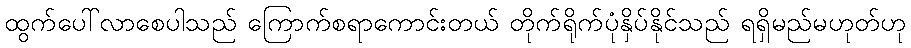
ထွက်ပေါ်လာစေပါသည် ကြောက်စရာကောင်းတယ် တိုက်ရိုက်ပုံနှိပ်နိုင်သည် ရရှိမည်မဟုတ်ဟု